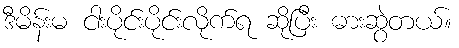
ဒီမိန်းမ ငါးပိုင်းပိုင်းလိုက်ရ ဆိုပြီး ဓားဆွဲတယ်။